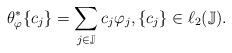
LaTeX: \begin{align*}\theta_\varphi^*\{c_j\}=\sum_{j\in\mathbb{J}}c_j\varphi_j, \{c_j\}\in\ell_2(\mathbb{J}).\end{align*}